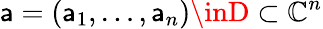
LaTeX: \mathsf{a}=(\mathsf{a}_{1},\dots,\mathsf{a}_{n})\inD\subset\mathbb{{C}}^{n}